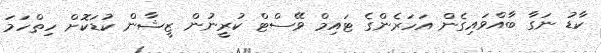
ކާޑު ނަގާ ބާއްވައިގެން އަހަރެންގެ ޓައިމް ވޭސްޓް ކުރީނުން ޒީޝާން ކުޑަކޮށް ހިތްހަމަ